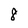
Character: 8